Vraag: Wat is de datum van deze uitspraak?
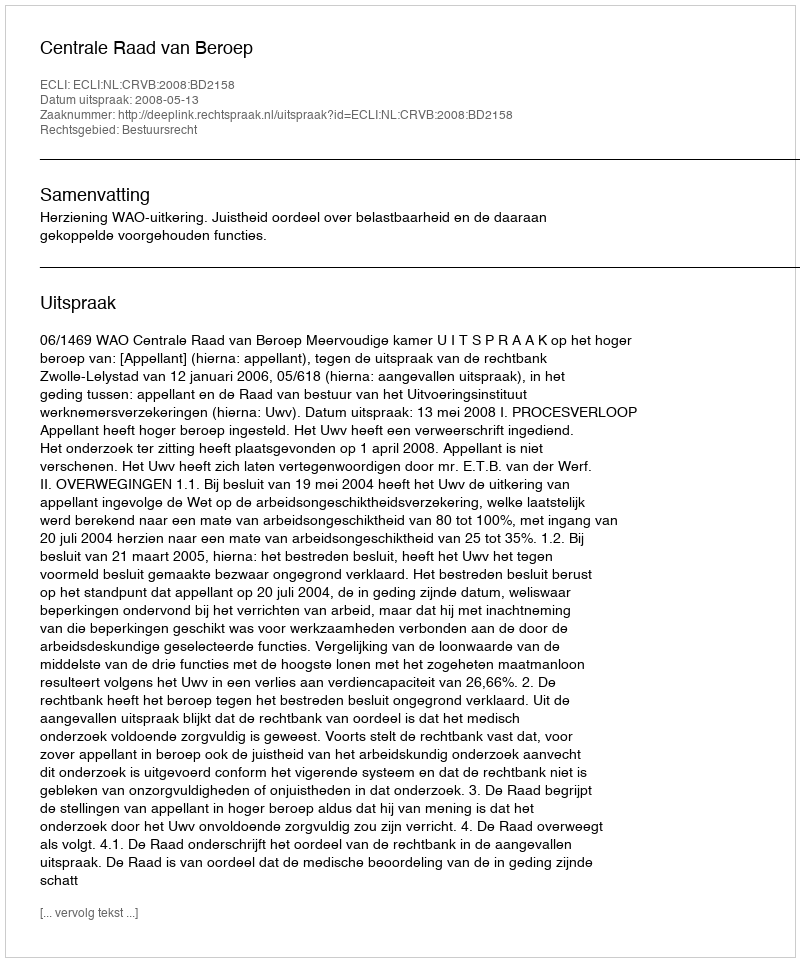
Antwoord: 2008-05-13